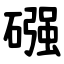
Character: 䃨